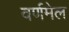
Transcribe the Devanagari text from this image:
वर्णमेल